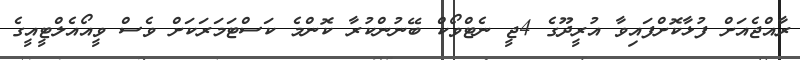
ރާއްޖެއަށް ފުޅާކޮށްފައިވާ އުރީދޫގެ 4ޖީ ނެޓްވޯކް ބޭނުންކުރާ ކޮންމެ ކަސްޓަމަރަކަށް ވެސް ވީއޯއެލްޓީއީގެ